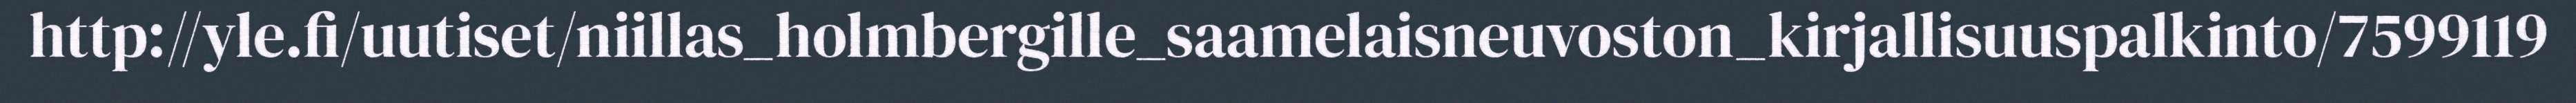
http://yle.fi/uutiset/niillas_holmbergille_saamelaisneuvoston_kirjallisuuspalkinto/7599119